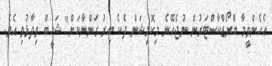
އެހެންވީމާ ބްރޯޑްކާސްޓަރުން ނުޖެހޭނެ މިކޮމިޝަން ދެކެ ބިރު ގަންނާކަށް" ޝަހީބް ވިދާޅުވި އެވެ.